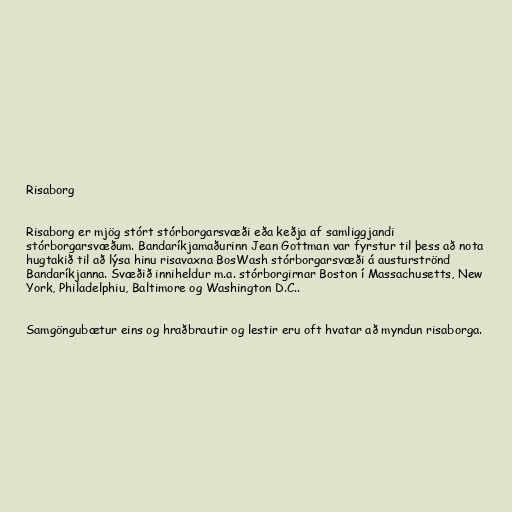
Risaborg

Risaborg er mjög stórt stórborgarsvæði eða keðja af samliggjandi
stórborgarsvæðum. Bandaríkjamaðurinn Jean Gottman var fyrstur til þess að nota
hugtakið til að lýsa hinu risavaxna BosWash stórborgarsvæði á austurströnd
Bandaríkjanna. Svæðið inniheldur m.a. stórborgirnar Boston í Massachusetts, New
York, Philadelphiu, Baltimore og Washington D.C..

Samgöngubætur eins og hraðbrautir og lestir eru oft hvatar að myndun risaborga.